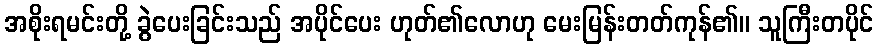
အစိုးရမင်းတို့ ခွဲပေးခြင်းသည် အပိုင်ပေး ဟုတ်၏လောဟု မေးမြန်းတတ်ကုန်၏။ သူကြီးတပိုင်